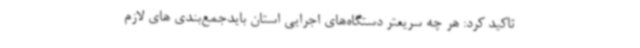
تاکید کرد: هر چه سریعتر دستگاه‌های اجرایی استان بایدجمع‌بندی های لازم